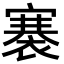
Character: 褰